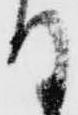
付